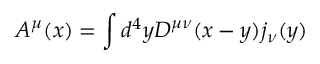
{ \cal A } ^ { \mu } ( x ) = \int d ^ { 4 } y D ^ { \mu \nu } ( x - y ) j _ { \nu } ( y )